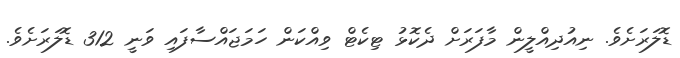
ޑޮލަރަށެވެ. ނިއުދިއްލީން މާފަރަށް ދެކޮޅު ޓިކެޓް ވިއްކަން ހަމަޖައްސާފައި ވަނީ 312 ޑޮލަރަށެވެ.